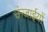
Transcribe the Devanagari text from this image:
ऊंजाईयों